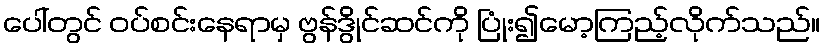
ပေါ်တွင် ဝပ်စင်းနေရာမှ ဗွန်ဒွိုင်ဆင်ကို ပြုံး၍မော့ကြည့်လိုက်သည်။